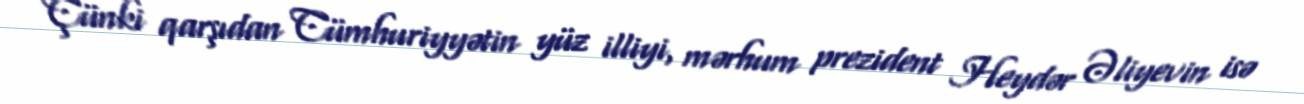
Çünki qarşıdan Cümhuriyyətin yüz illiyi, mərhum prezident Heydər Əliyevin isə